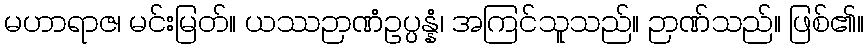
မဟာရာဇ၊ မင်းမြတ်။ ယဿဉာဏံဥပ္ပန္နံ၊ အကြင်သူသည်။ ဉာဏ်သည်။ ဖြစ်၏။